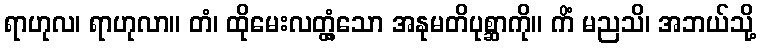
ရာဟုလ၊ ရာဟုလာ။ တံ၊ ထိုမေးလတ္တံ့သော အနုမတိပုစ္ဆာကို။ ကိံ မညသိ၊ အဘယ်သို့